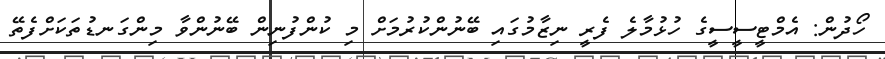
ހޯދުން: އެމްޓީސީސީގެ ހުޅުމާލެ ފެރީ ނިޒާމުގައި ބޭނުންކުރުމަށް މި ކުންފުނިން ބޭނުންވާ މިންގަނޑުތަކަށްފެތޭ